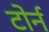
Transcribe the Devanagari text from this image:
टोर्न